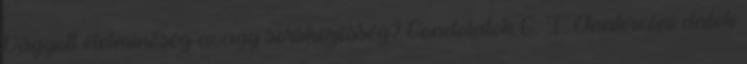
Vágyott életminőség avagy sorsközösség? Gondolatok G. I. Anakreóni dalok